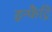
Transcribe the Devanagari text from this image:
इन्फैंट्रि